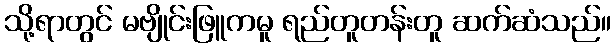
သို့ရာတွင် မဗျိုင်းဖြူကမူ ရည်တူတန်းတူ ဆက်ဆံသည်။